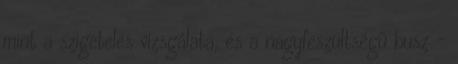
mint a szigetelés vizsgálata, és a nagyfeszültségű busz -